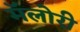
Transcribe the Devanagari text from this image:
मॅलोरी